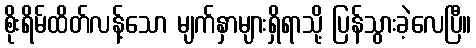
စိုးရိမ်ထိတ်လန့်သော မျက်နှာများရှိရာသို့ ပြန်သွားခဲ့လေပြီ။